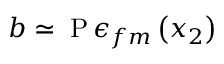
\boldsymbol { b } \simeq \mathrm { \nabla { P } } \, \epsilon _ { f m } \left( x _ { 2 } \right)